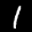
Label: 1